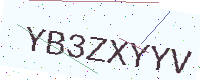
Text: YB3ZXYYV